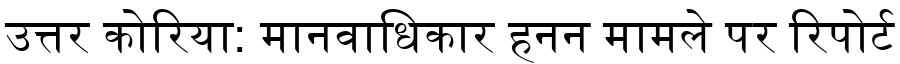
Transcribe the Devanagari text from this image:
उत्तर कोरिया: मानवाधिकार हनन मामले पर रिपोर्ट